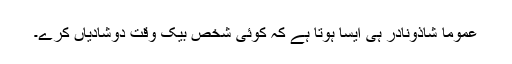
عموماً شاذونادر ہی ایسا ہوتا ہے کہ کوئی شخص بیک وقت دوشادیاں کرے۔